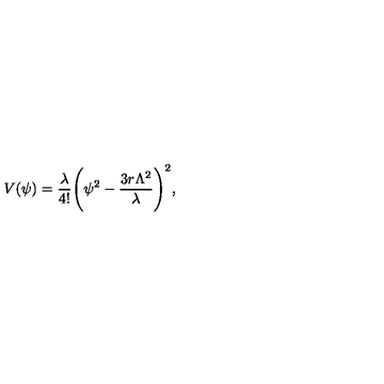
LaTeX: V ( \psi ) = { \frac { \lambda } { 4 ! } } \Biggl ( \psi ^ { 2 } - { \frac { 3 r \Lambda ^ { 2 } } { \lambda } } \Biggr ) ^ { 2 } ,